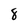
Character: 8